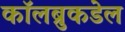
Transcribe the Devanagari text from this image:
कॉलब्रुकडेल